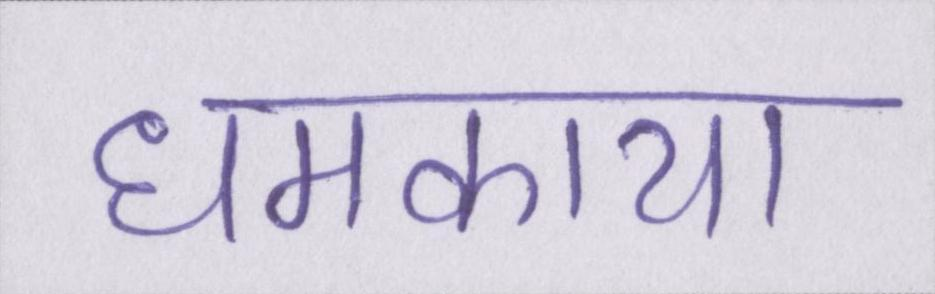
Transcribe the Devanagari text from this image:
धमकाया